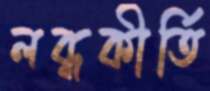
লব্ধকীর্তি